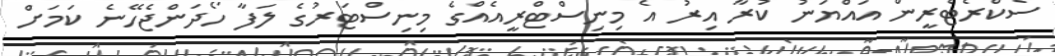
ސެކްރެޓެރީން އައްޔަނު ކުރާ އިރު އެ މިނިސްޓްރީއެއްގެ މިނިސްޓަރުގެ ލަފާ ހޯދަންޖެހޭނެ ކަމަށް